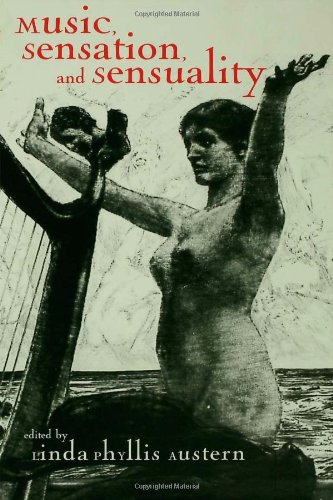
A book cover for Music, Sensation, and Sensuality (Critical and Cultural Musicology); Arts & Photography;